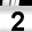
Digit: 2